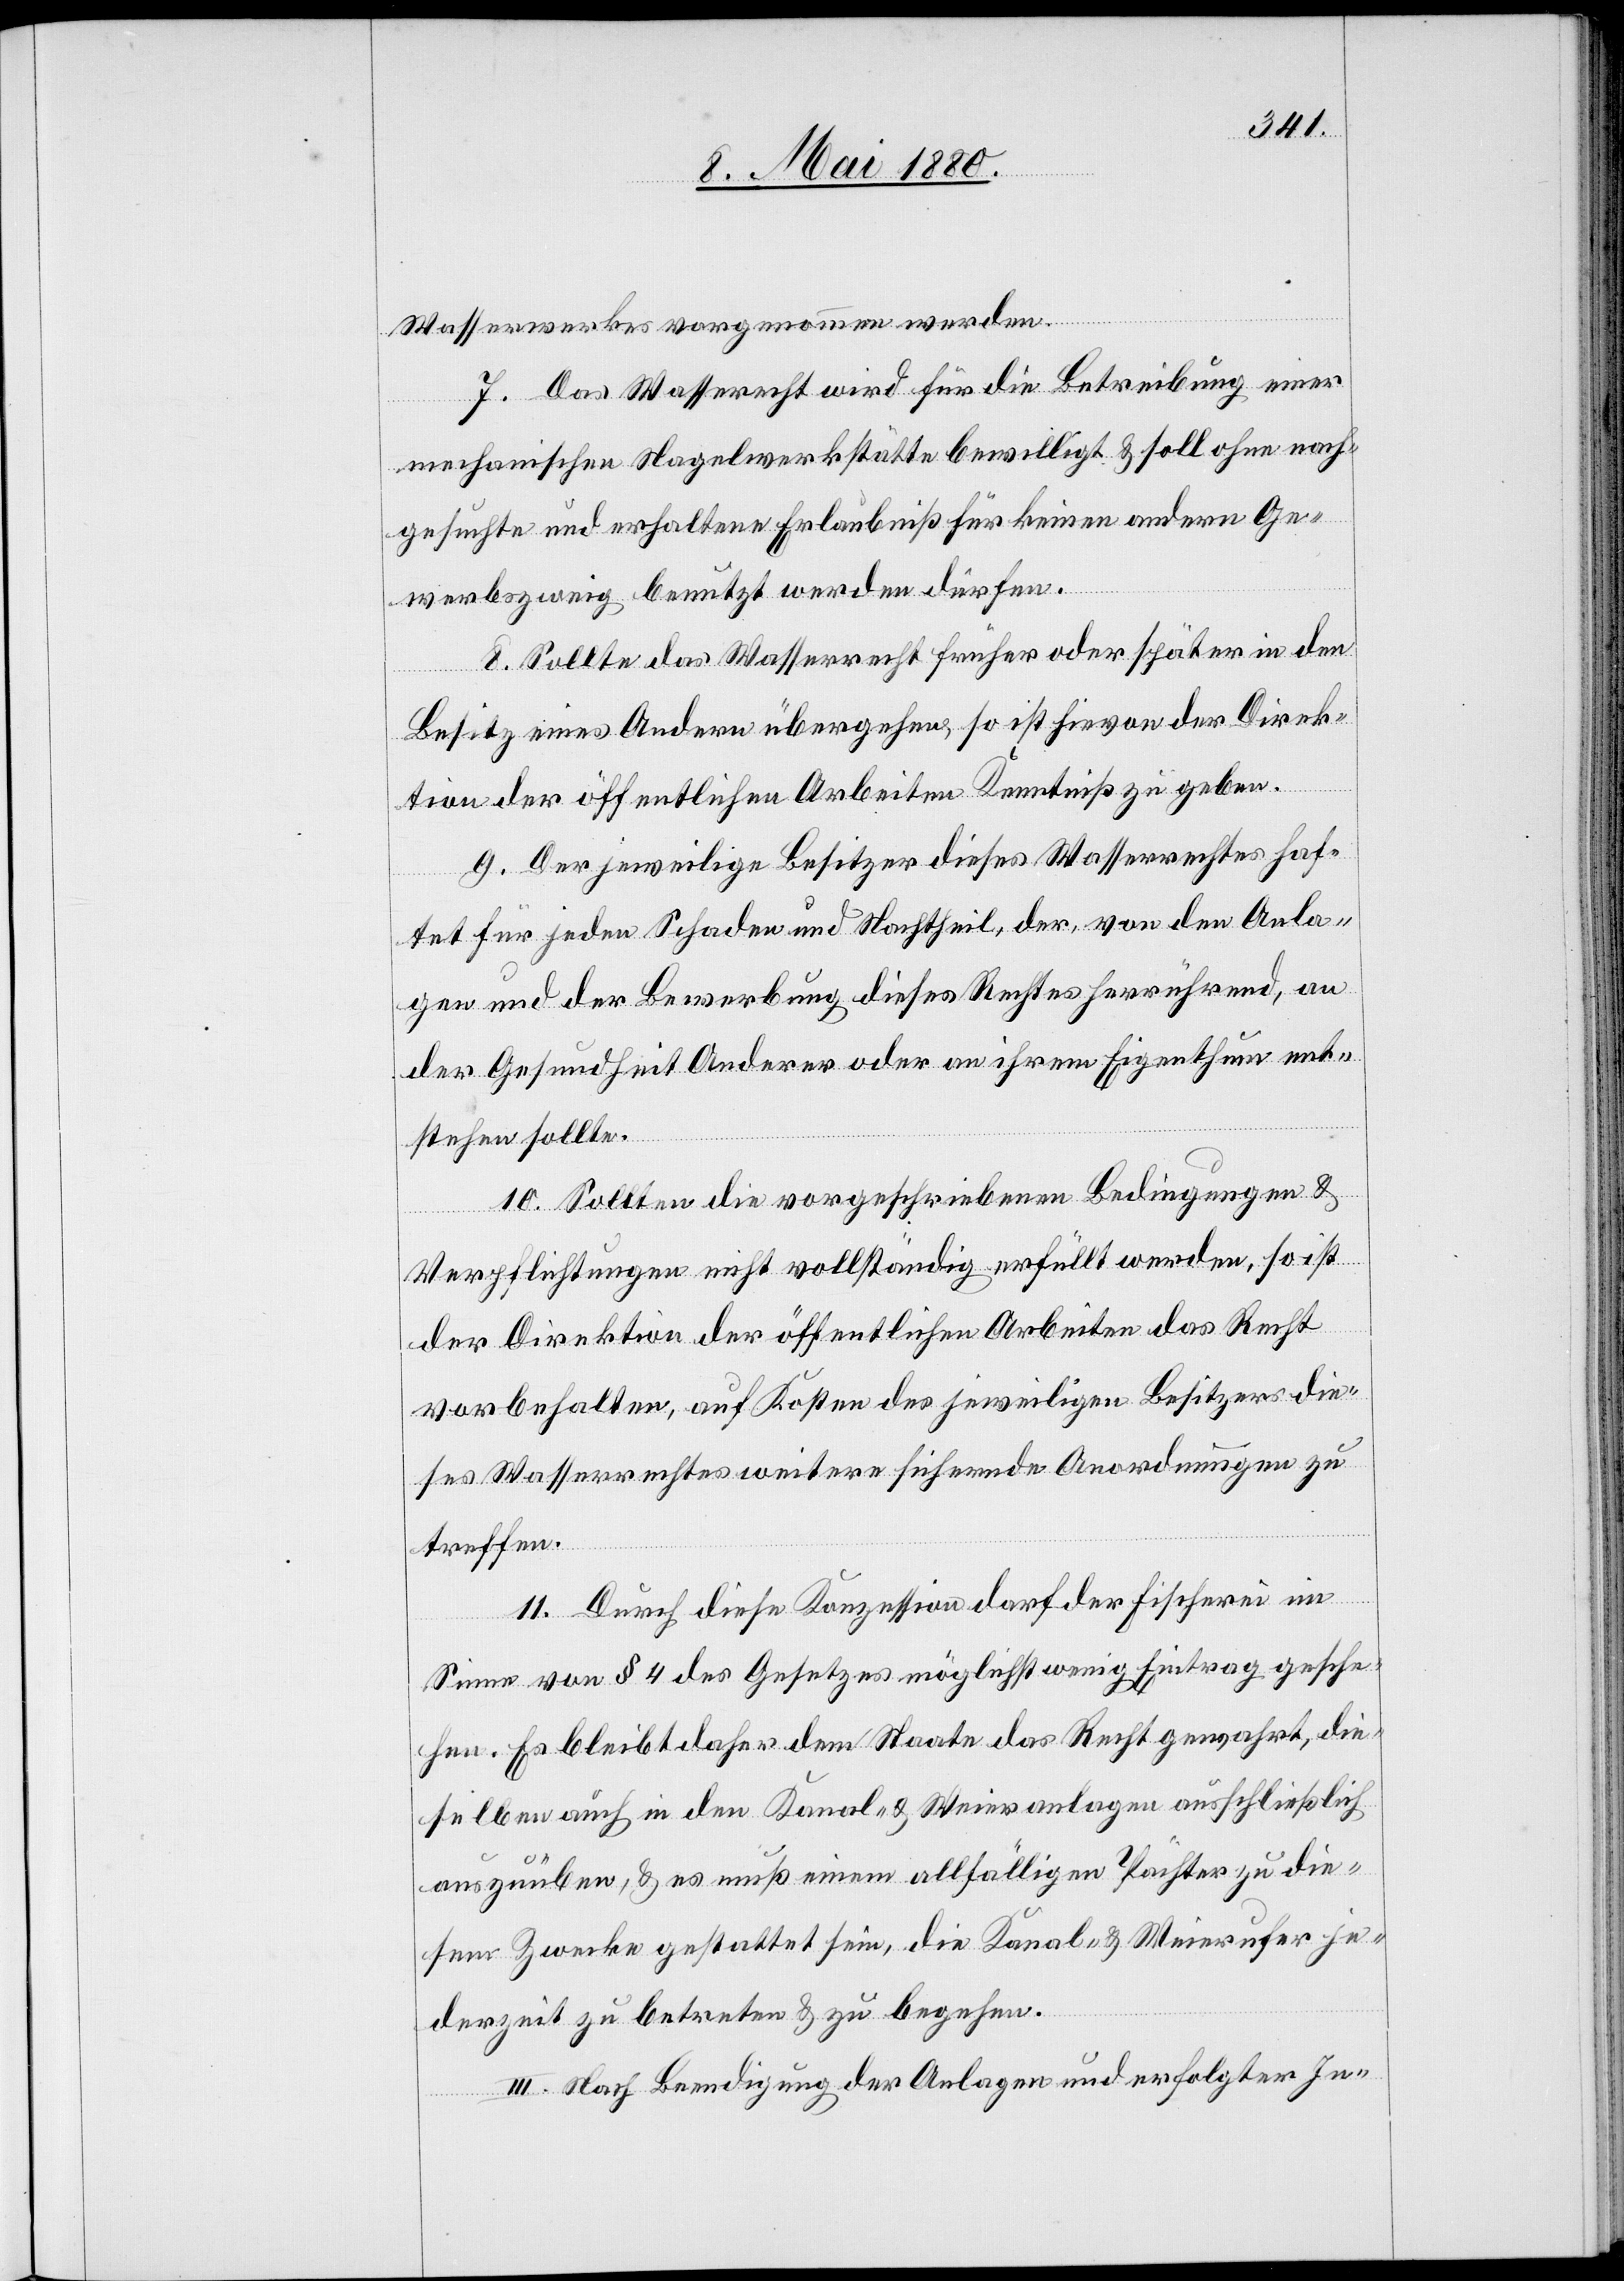
Wasserwerkes vorgenommen werden.
7. Das Wasserrecht wird für die Betreibung einer
mechanischen Nagelwerkstätte bewilligt & soll ohne nach¬
gesuchte und erhaltene Erlaubniß für keinen andern Ge¬
werbszweig benutzt werden dürfen.
8. Sollte das Wasserrecht früher oder später in den
Besitz eines Andern übergehen, so ist hievon der Direk¬
tion der öffentlichen Arbeiten Kenntniß zu geben.
9. Der jeweilige Besitzer dieses Wasserrechtes haf¬
tet für jeden Schaden und Nachtheil, der, von den Anla¬
gen und der Bewerbung dieses Rechtes herrührend, an
der Gesundheit Anderer oder an ihrem Eigenthum ent¬
stehen sollte.
10. Sollten die vorgeschriebenen Bedingungen &
Verpflichtungen nicht vollständig erfüllt werden, so ist
der Direktion der öffentlichen Arbeiten das Recht
vorbehalten, auf Kosten des jeweiligen Besitzers die¬
ses Wasserrechtes weitere sichernde Anordnungen zu
treffen.
11. Durch diese Konzession darf der Fischerei im
Sinne von § 4 des Gesetzes möglichst wenig Eintrag gesche¬
hen. Es bleibt daher dem Staate das Recht gewahrt, die¬
selbe auch in den Kanal- & Weieranlagen ausschließlich
auszuüben, & es muß einem allfälligen Pächter zu die¬
sem Zwecke gestattet sein, die Kanal- & Weierufer je¬
derzeit zu betreten & zu begehen.
III. Nach Beendigung der Anlagen und erfolgter In-